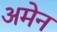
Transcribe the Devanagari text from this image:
अमेन